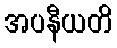
အပနီယတိ